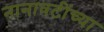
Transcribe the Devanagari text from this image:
नानावटींच्या